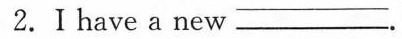
2.Ⅰhave a new ___.